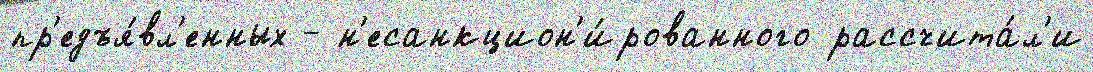
пр'едъя́вл'енных - н'есанкцион'и́рованного рассчита́л'и